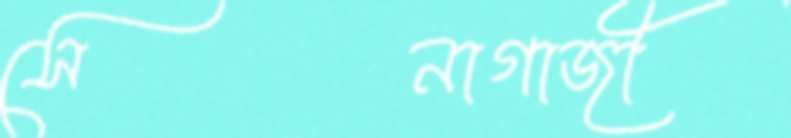
সেনাগাজী